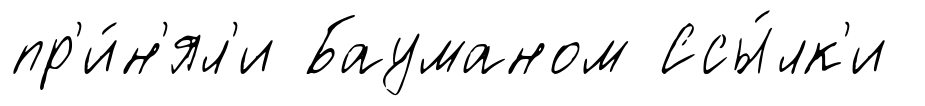
пр'и́н'ял'и Бауманом Ссы́лк'и